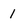
Character: 1